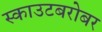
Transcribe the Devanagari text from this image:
स्काउटबरोबर